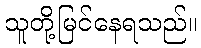
သူတို့မြင်နေရသည်။